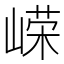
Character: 嵘